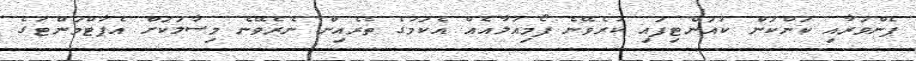
ފެންވަރާއި ކަންކަން ކުއަންޓިފައި ކުރެވޭނެ ފޯމިއުލާއެއް އެކަމުގެ ތެރެއިން ނެރެވޭނެ މިސާލަކަށް އެޕާޓްމަންޓުގެ